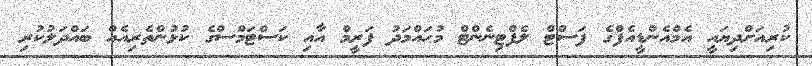
ކުރިއަށްދިޔައީ އެމްއެންޑީއެފްގެ ފަސްޓް ލެފްޓިނެންޓް މުޙައްމަދު ފަރީމް އާއި ކަސްޓަމްސްގެ ކުޅުންތެރިއެއް ބައްދަލުކުރި